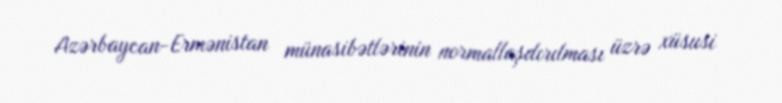
Azərbaycan-Ermənistan münasibətlərinin normallaşdırılması üzrə xüsusi